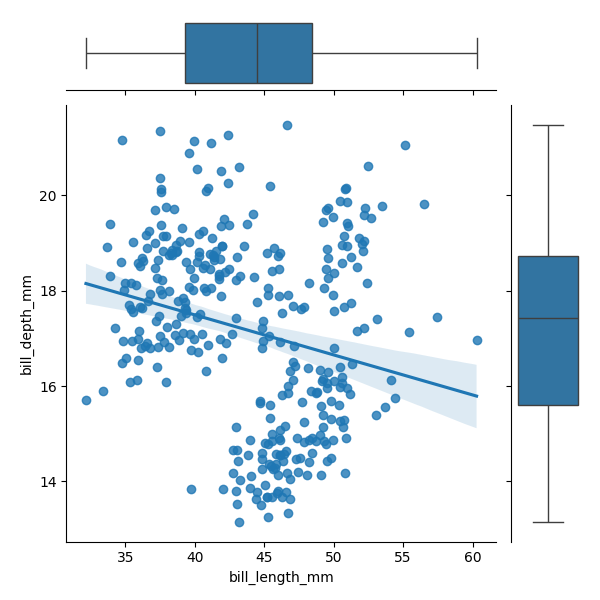
python, seaborn, JointGrid, regplot, boxplot